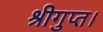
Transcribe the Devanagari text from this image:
श्रीगुप्त।